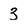
Character: 3